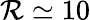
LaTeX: \mathcal{R}\simeq10